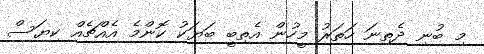
މި ބުނި ދެތިނަ ހަތަރު މީހުން އެތިބީ ބަޔަކު ކޮންމެ އެއްޗެއް ކިޔަސް